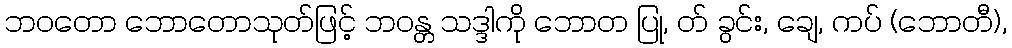
ဘဝတော ဘောတောသုတ်ဖြင့် ဘဝန္တ သဒ္ဒါကို ဘောတ ပြု, တ် ခွင်း, ချေ, ကပ် (ဘောတီ),